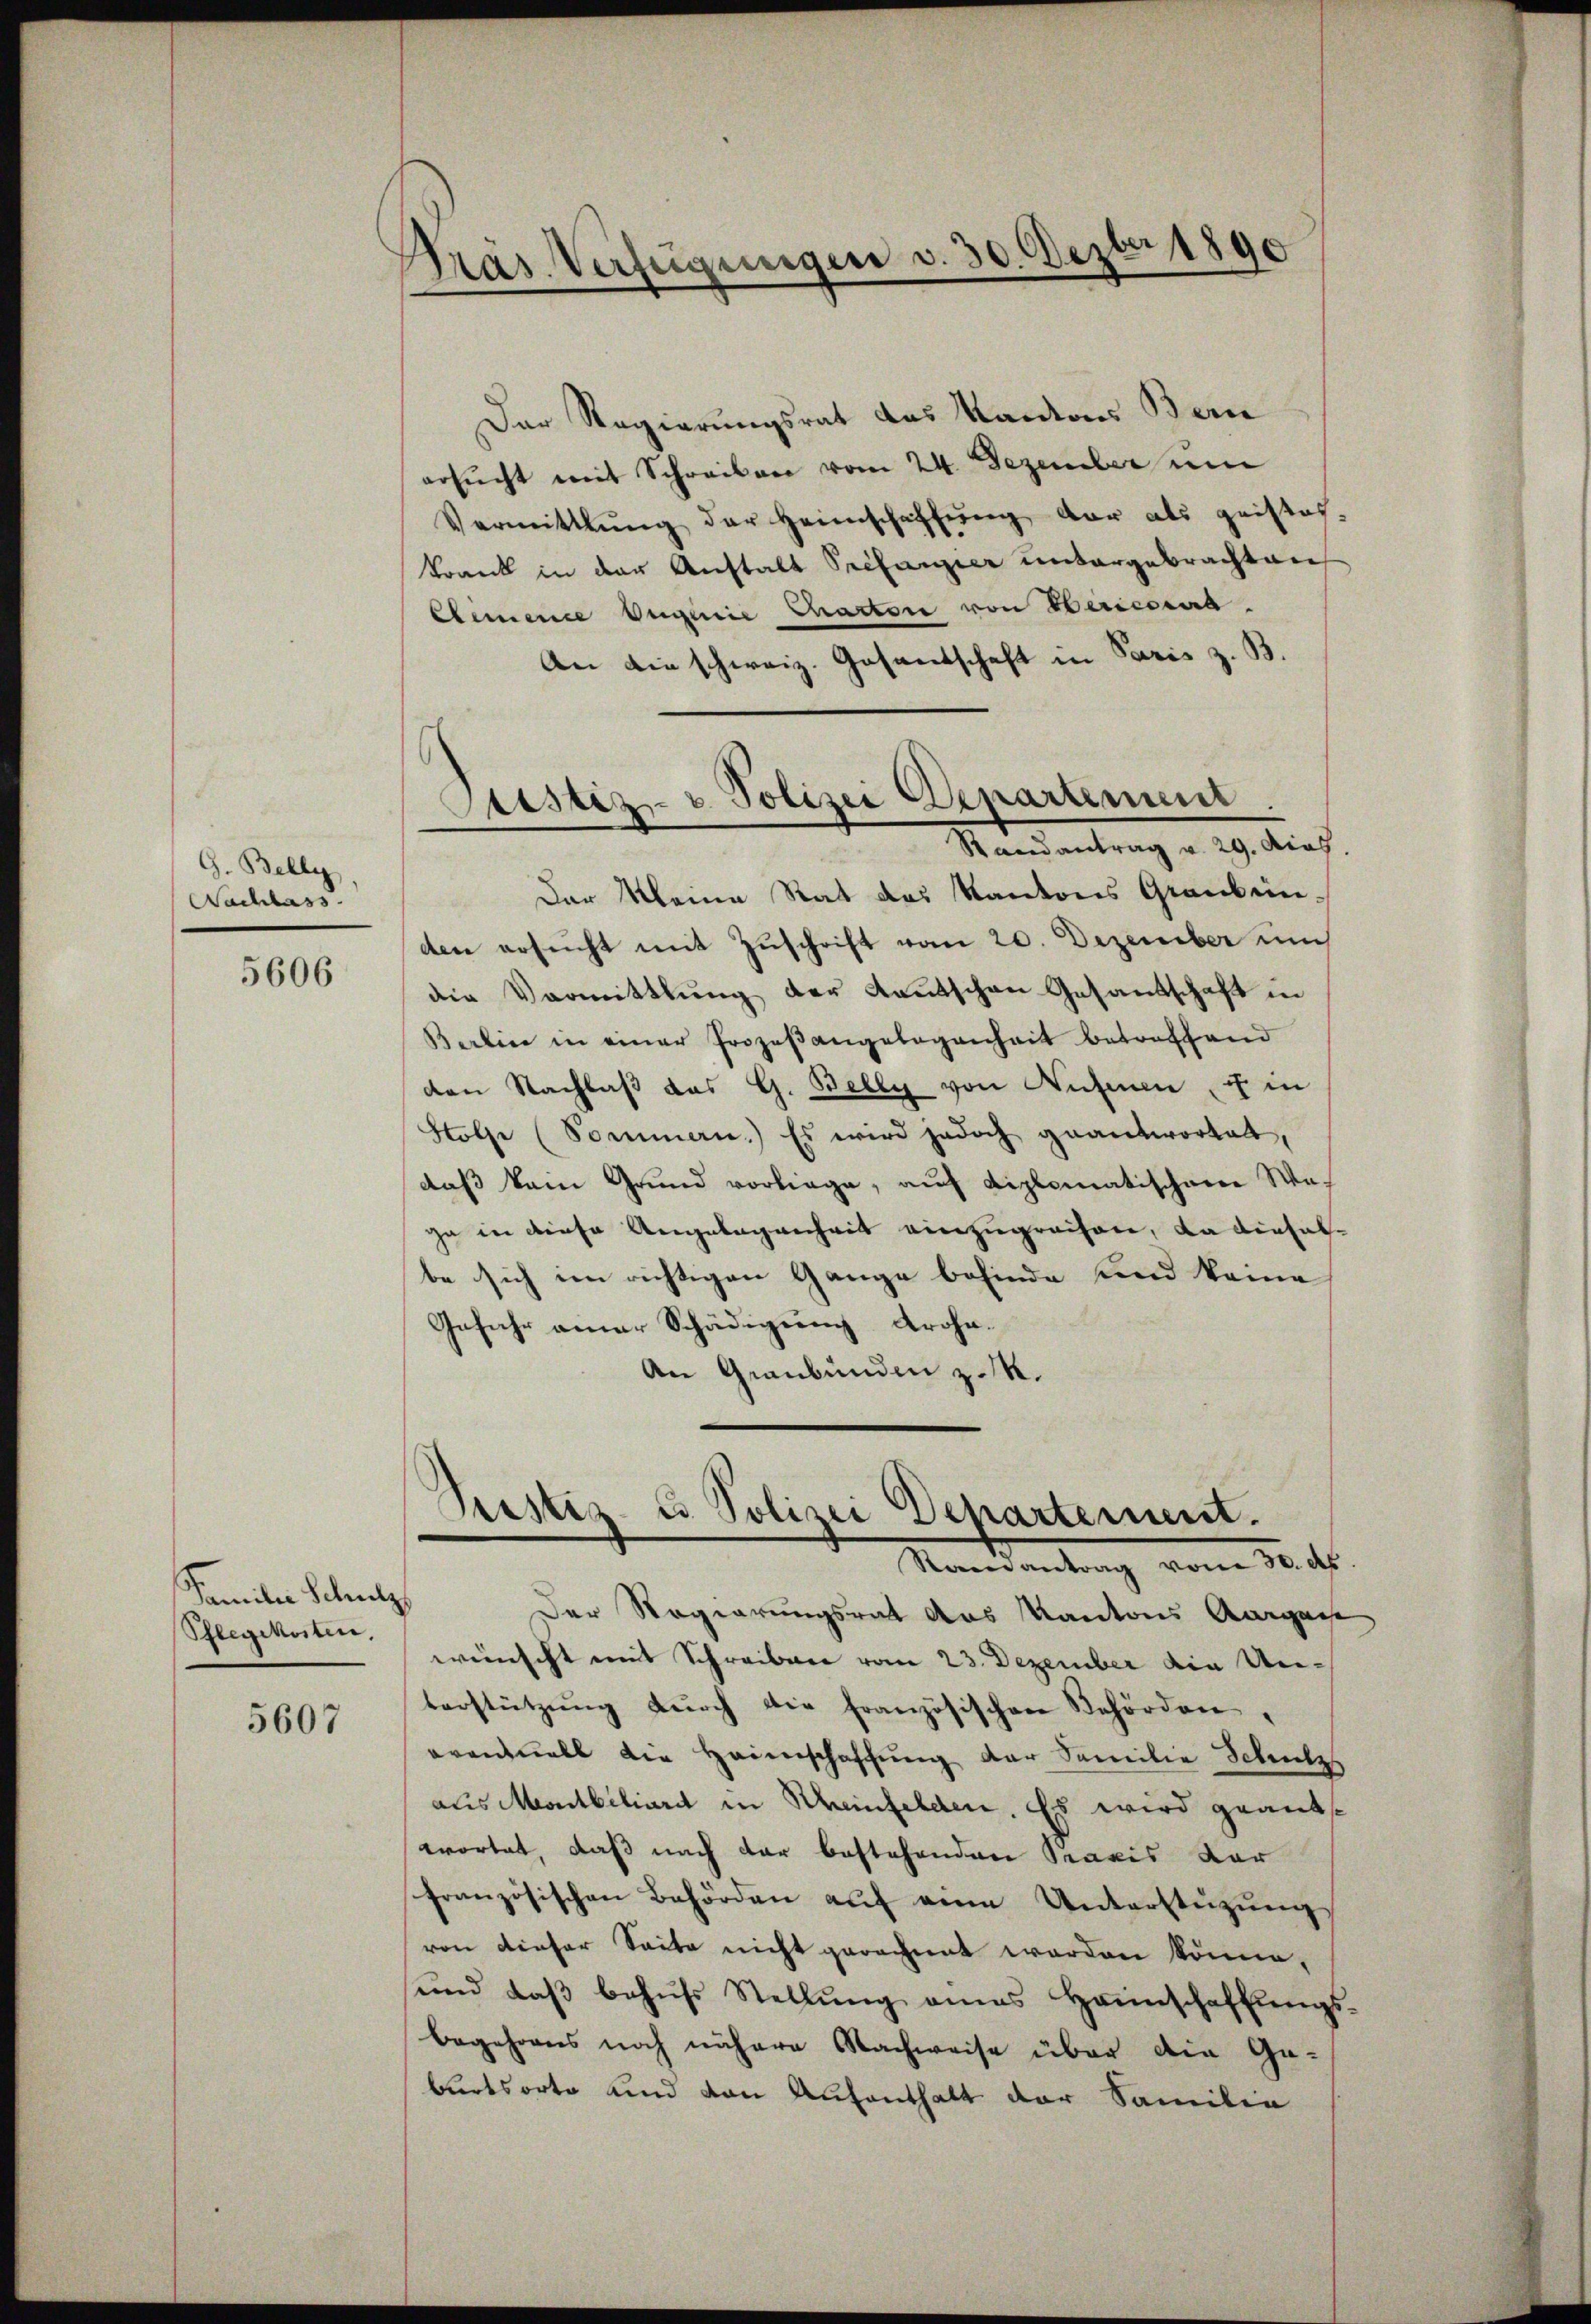
G. Belly
Nachlass.

5606

Familie Schulz
Pflegekosten.

5607

Präs. Verfügungen v. 30. Dezbr 1890

Der Regierungsrat das Kantons Bern
ersŭcht mit Schreiben vom 24. Dezember um
Vermittlung der Heimschaffŭng dar als geistes
krank in der Anstalt Préfanzier untergebrachten
Elemence Vuquie Chactore von Bericoera.
An die schweiz. Gesantschaft in Paris z. B.
Der Meine Rat das Kantons Graubein.
den ersucht mit Zuschrift vom 20. Dezember un
die Vormittlung der Kautschen Gesandschaft in
Barlin in einer Prozeßangelegenheit betreffend
den Nachlaß das G. Belly von Aufenen u. in
Stolze (Sommern.) Es wird jedoch geantwortet,
daß kein Grund vorliege, auf diplomatischeine Wega in diese Angelegenheit einzugreifen, da diesel
be sich im richtigen Gange befinde und keine
Gefahr einer Schädigung drohe.
An Graubünden z. R.

Castiz- u. Polizei Departement.
Randantrag v. 29. Mias

Pustiz & Polizei Departement.
Raeneantrag vom 30. d.

Der Regierungsrat das Kantons Aargasse
wünscht mit Schreiben vom 23. Dezember die Unterstützŭng dŭrch die französischen Behörden,
oventuell die Heimschaffung der Familie Schmelz
aus Montbiliardt in Rheinfelden. Es wird geantwortet, daß nach dar bestehenden Praxis dar
französischen Behörden aŭf eine Unterstützŭng
von dieser Seite nicht gerechnet worden könne,
und daβ behŭfs Stellŭng eines Haunschaffŭngs-
begehrens noch nähere Nachweise über die Ga-
burtsorte und von Aufenthalt der Familie